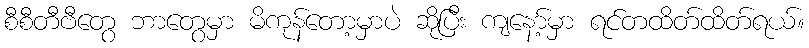
စီစီတီဗီတွေ ဘာတွေမှာ မိကုန်တော့မှာပဲ ဆိုပြီး ကျနော့်မှာ ရင်တထိတ်ထိတ်ရယ်။